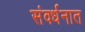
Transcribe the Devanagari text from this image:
संवर्धनात